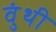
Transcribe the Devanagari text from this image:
वुंथी